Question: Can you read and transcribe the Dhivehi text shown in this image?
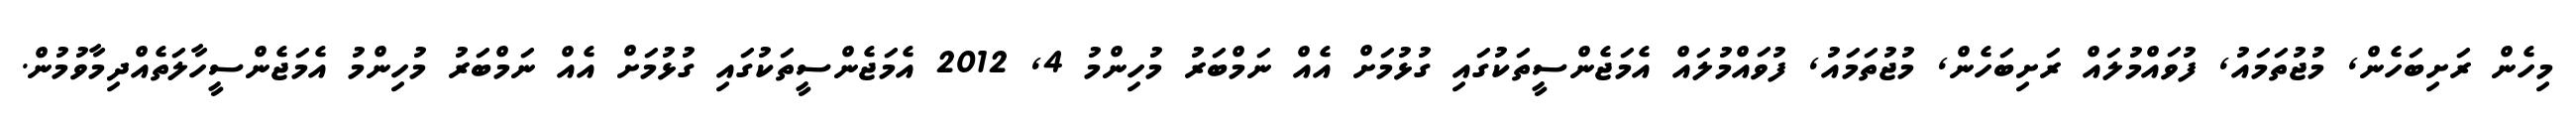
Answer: މިހެން ރަށިބަހެން, މުޖުތަމައު, ފުވައްމުލައް ރަށިބަހެން, މުޖުތަމައު, ފުވައްމުލައް އެމަޖެންސީތަކުގައި ގުޅުމަށް އެއް ނަމްބަރު މުހިންމު 4, 2012 އެމަޖެންސީތަކުގައި ގުޅުމަށް އެއް ނަމްބަރު މުހިންމު އެމަޖެންސީހާލަތެއްދިމާވުމުން.